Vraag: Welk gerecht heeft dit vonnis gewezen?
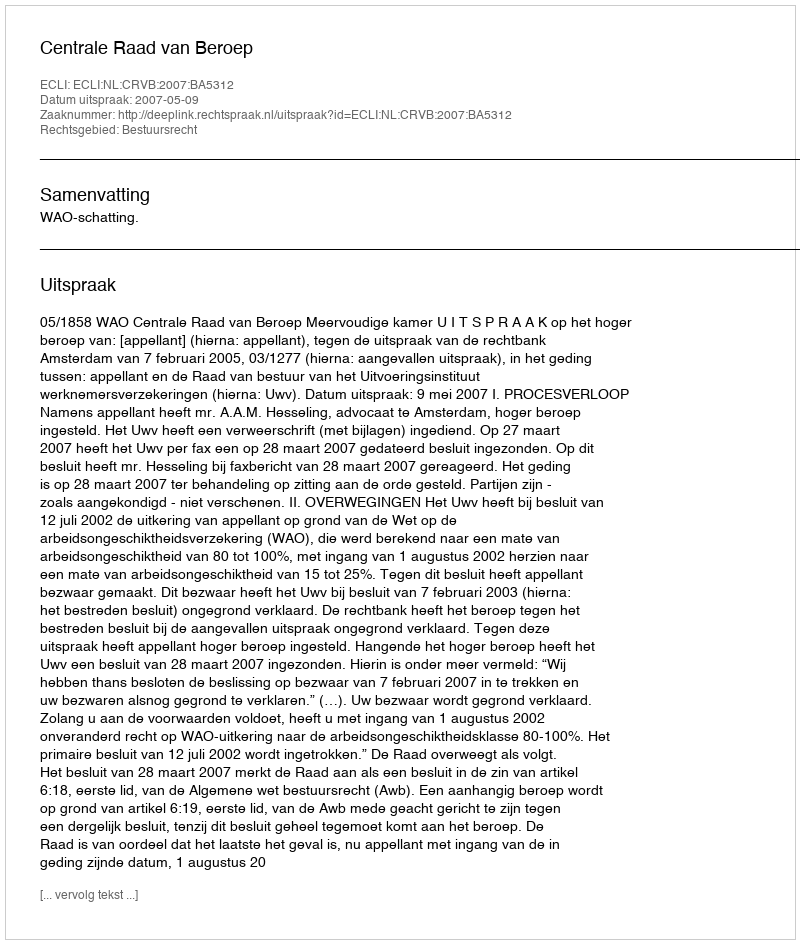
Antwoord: Centrale Raad van Beroep